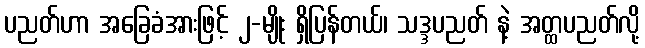
ပညတ်ဟာ အခြေခံအားဖြင့် ၂-မျိုး ရှိပြန်တယ်၊ သဒ္ဒပညတ် နဲ့ အတ္ထပညတ်လို့